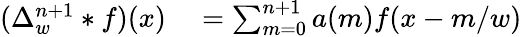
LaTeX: \begin{array}{rl}{(\Delta_{w}^{n+1}*f)(x)}&{{}=\sum_{m=0}^{n+1}a(m)f(x-m/w)}\end{array}